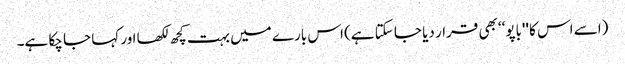
(اسے اس کا ''باپو‘‘ بھی قرار دیا جا سکتا ہے) اس بارے میں بہت کچھ لکھا اور کہا جا چکا ہے۔